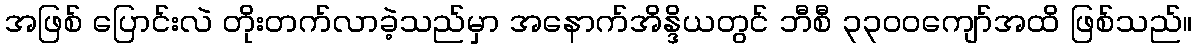
အဖြစ် ပြောင်းလဲ တိုးတက်လာခဲ့သည်မှာ အနောက်အိန္ဒိယတွင် ဘီစီ ၃၃၀၀ကျော်အထိ ဖြစ်သည်။